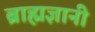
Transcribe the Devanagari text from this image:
ब्राह्मज्ञानी